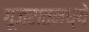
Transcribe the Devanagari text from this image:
गूजरातमध्ये